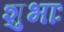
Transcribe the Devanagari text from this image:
शुभाः